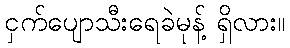
ငှက်ပျောသီးရေခဲမုန့် ရှိလား။